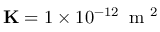
\mathbf { K } = 1 \times 1 0 ^ { - 1 2 } \, \mathrm { ~ m ~ } ^ { 2 }